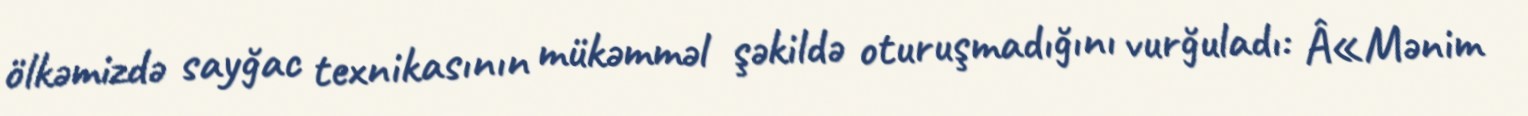
ölkəmizdə sayğac texnikasının mükəmməl şəkildə oturuşmadığını vurğuladı: Â«Mənim